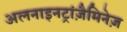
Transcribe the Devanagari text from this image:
अलनाइनट्रांज़ैमिनेज़